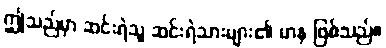
ဤသည်မှာ ဆင်းရဲသူ ဆင်းရဲသားများ၏ မာန ဖြစ်သည်။